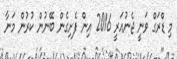
މި ޑްރަގް ވަނީ ޖެނުއަރީ 2016 އިން ފެށިގެން ބޭނުން ކުރުން މަނާ